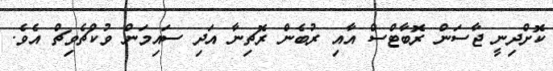
ކޮށްދިނީ ޖާސަން ރޮބާޓްސް އާއި ރުބެން ރޮޗިނާ އަދި ސައިމަން ވުކްޗެވިޗް އެވެ.